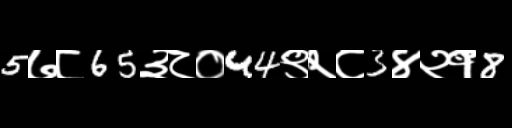
Text: 5७८65३८०44९२८3४२१8